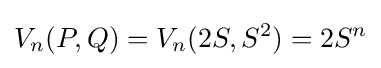
V_{n}(P,Q)=V_{n}(2S,S^{2})=2S^{n}